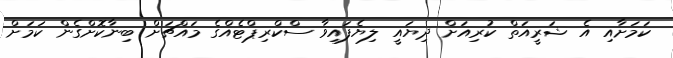
ކަމަށާއި އެ ޝަރީއަތް ކުރިއަށް ދިޔައީ ލިޔެފައިވާ ސްކްރިޕްޓެއްގެ މައްޗަށް ބިނާކޮށްގެން ކަމަށް